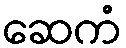
ဆေကံ